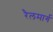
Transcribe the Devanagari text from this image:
रैलमार्ग